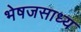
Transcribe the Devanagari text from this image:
भेषजसाध्य